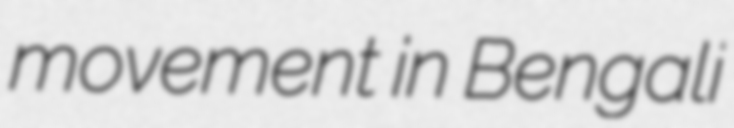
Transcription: movement in Bengali